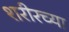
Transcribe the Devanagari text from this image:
शरीरच्या